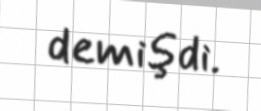
demişdi.